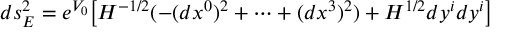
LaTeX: d s _ { E } ^ { 2 } = e ^ { V _ { 0 } } \big [ H ^ { - 1 / 2 } ( - ( d x ^ { 0 } ) ^ { 2 } + \cdots + ( d x ^ { 3 } ) ^ { 2 } ) + H ^ { 1 / 2 } d y ^ { i } d y ^ { i } \big ]